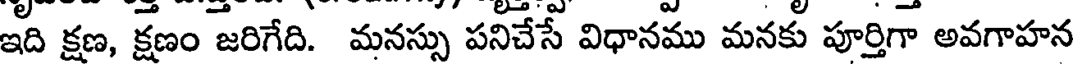
ఇది క్షణ, క్షణం జరిగేది. మనస్సు పనిచేసే విధానము మనకు పూర్తిగా అవగాహన